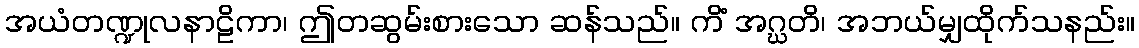
အယံတဏ္ဍုလနာဠိကာ၊ ဤတဆွမ်းစားသော ဆန်သည်။ ကိံ အဂ္ဃတိ၊ အဘယ်မျှထိုက်သနည်း။